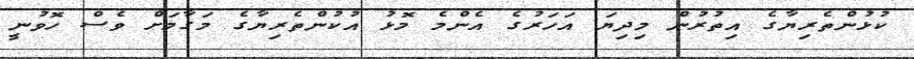
ކުޅުންތެރިޔާގެ އިތުރުން މިދިޔަ އަހަރުގެ އެންމެ މޮޅު އުކުންތެރިޔާގެ މަގާމަށް ވެސް ހޮވުނީ